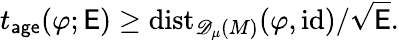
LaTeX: t_{\mathsf{age}}(\varphi;\mathsf{E})\geq\mathrm{dist}_{{\mathscr{D}_{\mu}(M)}}(\varphi,\mathrm{id})/\sqrt{\mathsf{E}}.